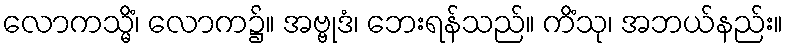
လောကသ္မိံ၊ လောက၌။ အဗ္ဗုဒံ၊ ဘေးရန်သည်။ ကိံသု၊ အဘယ်နည်း။